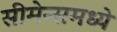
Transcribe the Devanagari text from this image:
सीमेन्समध्ये